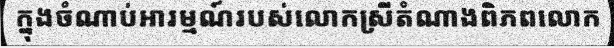
ក្នុងចំណាប់អារម្មណ៍របស់លោកស្រីតំណាងពិភពលោក